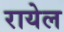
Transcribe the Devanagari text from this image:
रायेल